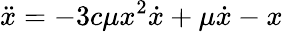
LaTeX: \ddot{x}=-3c\mu x^{2}\dot{x}+\mu\dot{x}-x